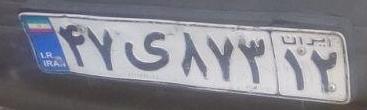
۴۷ی۸۷۳۱۲